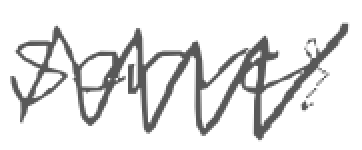
Text: serves
Cross-out: zig-zag
Writing tool: digital_gray